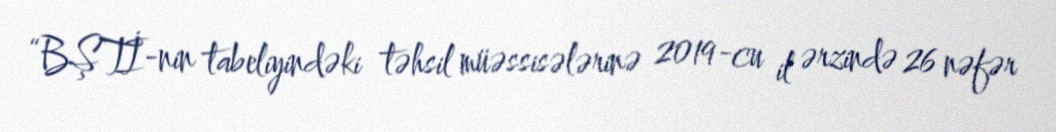
“BŞTİ-nin tabeliyindəki təhsil müəssisələrinə 2019-cu il ərzində 26 nəfər